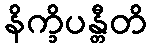
နိက္ခိပန္တီတိ